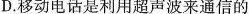
D.移动电话是利用超声波来通信的